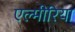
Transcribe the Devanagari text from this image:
एल्मीरिया